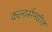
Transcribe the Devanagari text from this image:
कल्चर्समधील